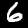
Digit: 6